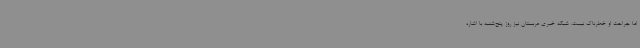
اما جراحت او خطرناک نیست. شبکه خبری عربستان نیز روز پنج‌شنبه با اشاره